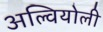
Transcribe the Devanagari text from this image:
अल्वियोली